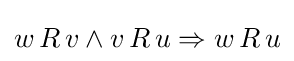
w\,R\,v\wedge v\,R\,u\Rightarrow w\,R\,u